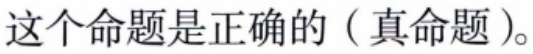
这个命题是正确的（真命题）。